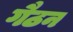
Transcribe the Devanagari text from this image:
गैठन